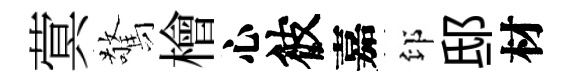
蓂驚檜心彼嘉印邸材